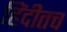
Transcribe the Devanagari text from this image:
हिंदीतच